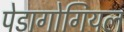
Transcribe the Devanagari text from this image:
पेडागोगियल